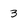
Character: 3